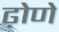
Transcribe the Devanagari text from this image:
ढ़ोणे